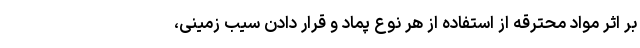
بر اثر مواد محترقه از استفاده از هر نوع پماد و قرار دادن سیب زمینی،